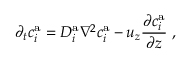
\partial _ { t } c _ { i } ^ { \mathrm { a } } = D _ { i } ^ { \mathrm { a } } \nabla ^ { 2 } c _ { i } ^ { \mathrm { a } } - u _ { z } \frac { \partial c _ { i } ^ { \mathrm { a } } } { \partial z } \; ,